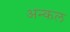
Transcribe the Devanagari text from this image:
अन्कल